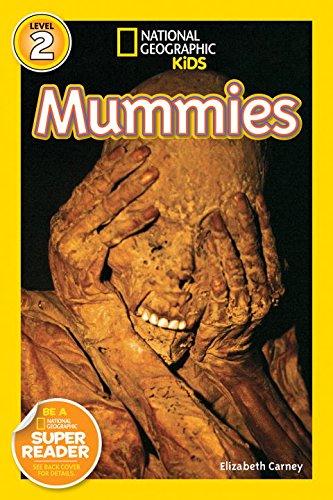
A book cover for National Geographic Kids Readers: Mummies; Elizabeth Carney; Children's Books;